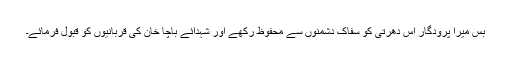
بس میرا پرودگار اس دھرتی کو سفاک دشمنوں سے محفوظ رکھے اور شہدائے باچا خان کی قربانیوں کو قبول فرمائے۔